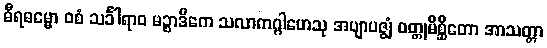
ဓီရဓမ္မော ဝစံ သင်္ခါရာဝ မဉ္စာဒိကေ သလာကဂ္ဂါဟေသု အဗျာပဇ္ဈံ ဝတ္တုမိစ္ဆိတော အာသတ္တာ